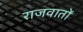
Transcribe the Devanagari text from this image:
राजवातों